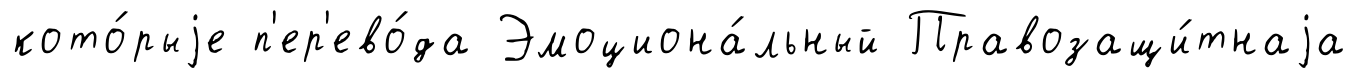
кото́рыjе п'ер'ево́да Эмоциона́льный Правозащи́тнаjа